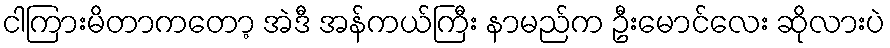
ငါကြားမိတာကတော့ အဲဒီ အန်ကယ်ကြီး နာမည်က ဦးမောင်လေး ဆိုလားပဲ